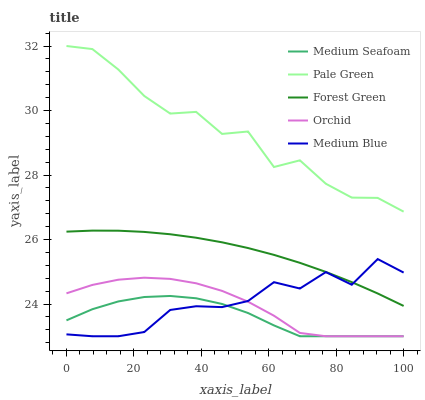
| xaxis_label | Medium Seafoam | Pale Green | Forest Green | Orchid | Medium Blue |
 | --- | --- | --- | --- | --- | --- |
 | 0 | 23.5 | 32 | 26.2 | 24.3 | 23.1 |
 | 7.69 | 23.8 | 31.9 | 26.3 | 24.6 | 23 |
 | 15.4 | 24.1 | 31.3 | 26.3 | 24.8 | 23 |
 | 23.1 | 24.2 | 30.5 | 26.2 | 24.8 | 23.1 |
 | 30.8 | 24.2 | 29.9 | 26.2 | 24.8 | 23.8 |
 | 38.5 | 24.2 | 30 | 26.1 | 24.6 | 23.9 |
 | 46.2 | 24 | 29.3 | 25.9 | 24.4 | 23.9 |
 | 53.8 | 23.7 | 29.3 | 25.7 | 24.1 | 24.1 |
 | 61.5 | 23.3 | 28.2 | 25.5 | 23.6 | 24.7 |
 | 69.2 | 23 | 28.5 | 25.3 | 23.1 | 24.5 |
 | 76.9 | 23 | 27.7 | 25 | 23 | 25 |
 | 84.6 | 23 | 27.3 | 24.7 | 23 | 24.6 |
 | 92.3 | 23 | 27.3 | 24.3 | 23 | 25.4 |
 | 100 | 23 | 26.9 | 23.9 | 23 | 25 |